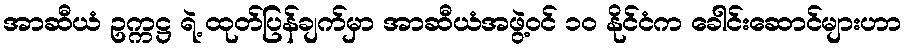
အာဆီယံ ဥက္ကဋ္ဌ ရဲ့ ထုတ်ပြန်ချက်မှာ အာဆီယံအဖွဲ့ဝင် ၁၀ နိုင်ငံက ခေါင်းဆောင်များဟာ